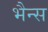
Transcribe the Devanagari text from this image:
भैन्स